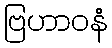
ဗြဟာဝနံ